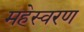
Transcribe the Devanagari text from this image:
महेस्वरण